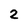
Character: 2